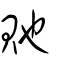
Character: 貤